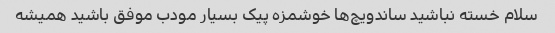
سلام خسته نباشید ساندویچ‌ها خوشمزه پیک بسیار مودب موفق باشید همیشه